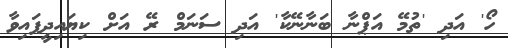
ހޯ' އަދި 'ތުމޭ އަޕްނާ ބަނާނޭކާ' އަދި ސަނަމް ރޭ އަށް ކިޔައިދީފައިވާ